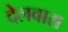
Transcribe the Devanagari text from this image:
देलवारा